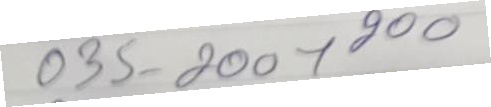
035 - 200x200